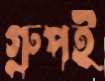
গ্রুপই